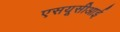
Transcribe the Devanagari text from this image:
एसयूसीआई